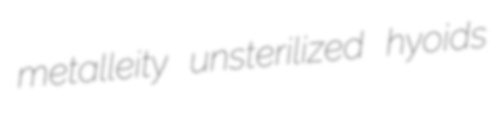
metalleity unsterilized hyoids